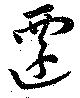
遷